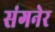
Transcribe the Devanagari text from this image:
संगनेर